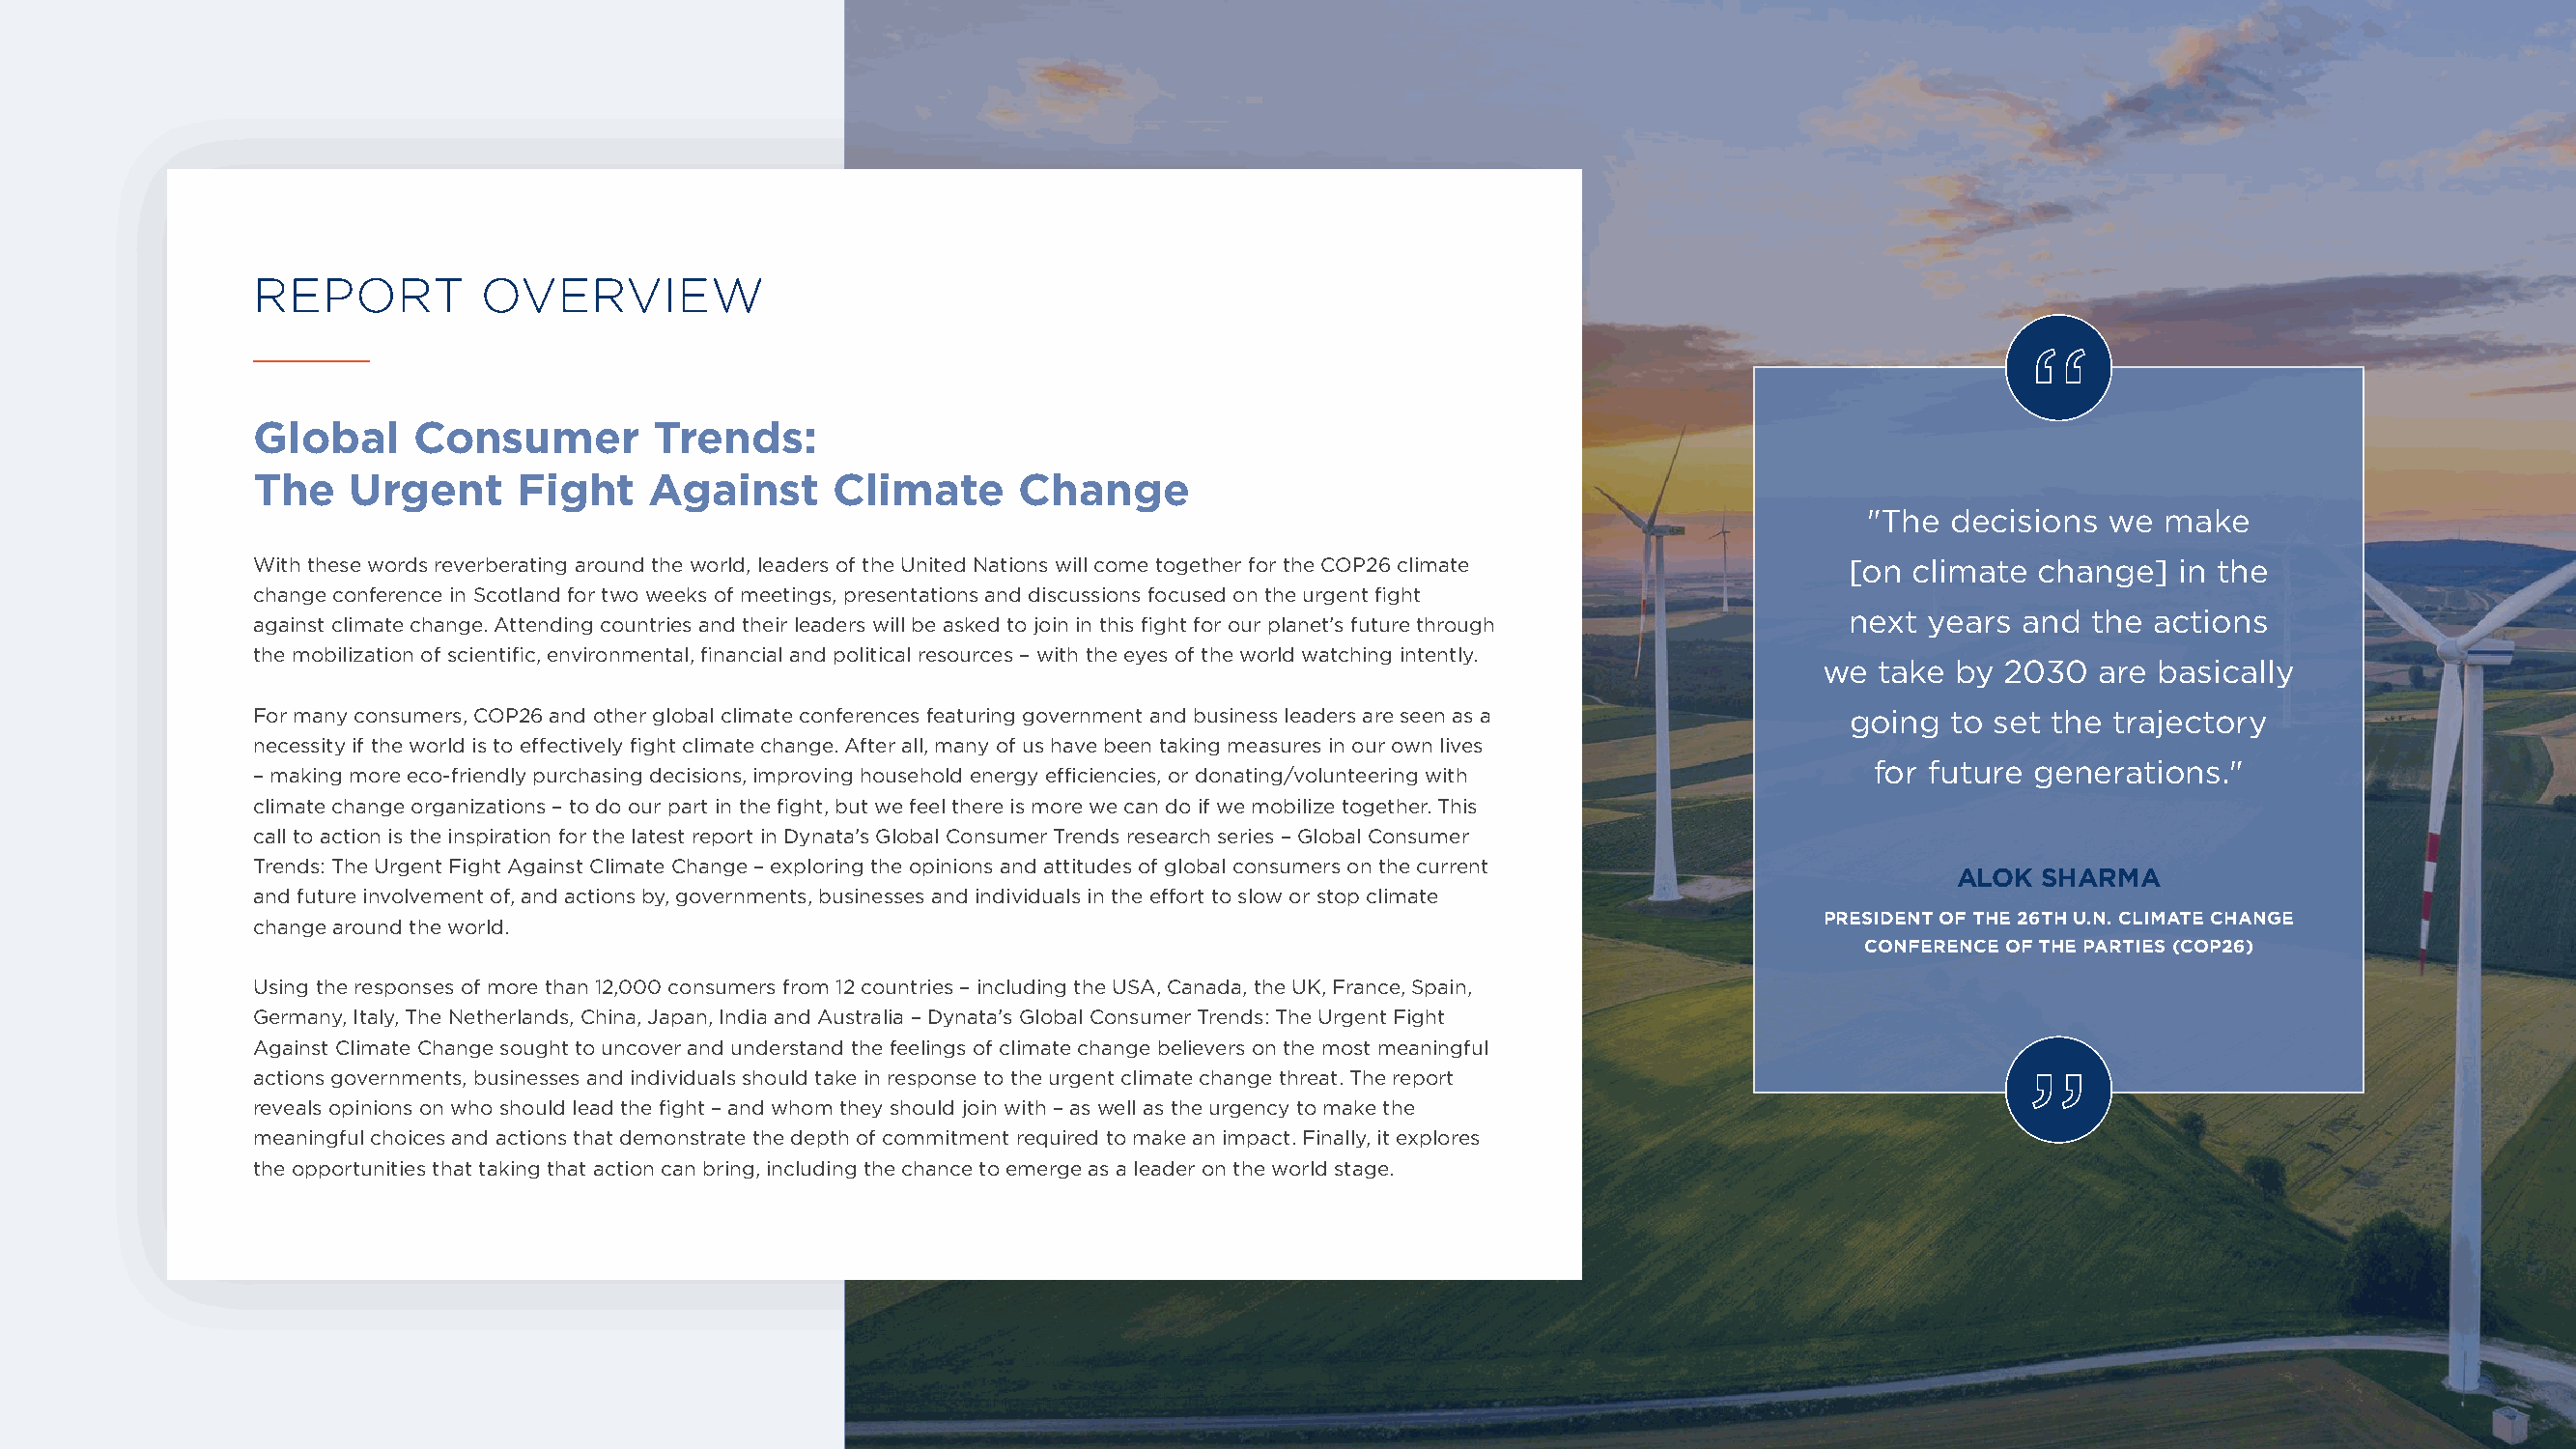
REPORT          OVERVIEW
 “
 Global     Consumer         Trends:
 The    Urgent     Fight    Against      Climate      Change
 "The  decisions  we make
 With these words reverberating around the world, leaders of the United Nations will come together for the COP26 climate [on climate change] in the
 change conference in Scotland for two weeks of meetings, presentations and discussions focused on the urgent fight
 next years  and the  actions
 against climate change. Attending countries and their leaders will be asked to join in this fight for our planet’s future through
 the mobilization of scientific, environmental, financial and political resources – with the eyes of the world watching intently.
 we  take by 2030   are basically
 For many consumers, COP26 and other global climate conferences featuring government and business leaders are seen as a going to set the trajectory
 necessity if the world is to effectively fight climate change. After all, many of us have been taking measures in our own lives
 for future generations."
 – making more eco-friendly purchasing decisions, improving household energy efficiencies, or donating/volunteering with
 climate change organizations – to do our part in the fight, but we feel there is more we can do if we mobilize together. This
 call to action is the inspiration for the latest report in Dynata’s Global Consumer Trends research series – Global Consumer
 Trends: The Urgent Fight Against Climate Change – exploring the opinions and attitudes of global consumers on the current
 ALOK  SHARMA
 and future involvement of, and actions by, governments, businesses and individuals in the effort to slow or stop climate
 PRESIDENT OF THE 26TH U.N. CLIMATE CHANGE
 change around the world.
 CONFERENCE OF THE PARTIES (COP26)
 “
 Using the responses of more than 12,000 consumers from 12 countries – including the USA, Canada, the UK, France, Spain,
 Germany, Italy, The Netherlands, China, Japan, India and Australia – Dynata’s Global Consumer Trends: The Urgent Fight
 Against Climate Change sought to uncover and understand the feelings of climate change believers on the most meaningful
 actions governments, businesses and individuals should take in response to the urgent climate change threat. The report
 reveals opinions on who should lead the fight – and whom they should join with – as well as the urgency to make the
 meaningful choices and actions that demonstrate the depth of commitment required to make an impact. Finally, it explores
 the opportunities that taking that action can bring, including the chance to emerge as a leader on the world stage.